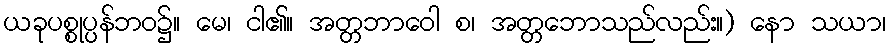
ယခုပစ္စုပ္ပန်ဘဝ၌။ မေ၊ ငါ၏။ အတ္တဘာဝေါ စ၊ အတ္တဘောသည်လည်း။) နော သယာ၊